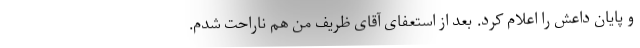
و پایان داعش را اعلام کرد. بعد از استعفای آقای ظریف من هم ناراحت شدم.